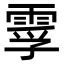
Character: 䨗